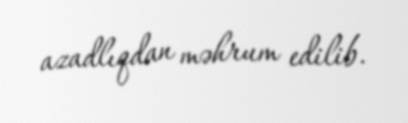
azadlıqdan məhrum edilib.